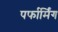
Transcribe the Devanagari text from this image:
पर्फार्मिंग